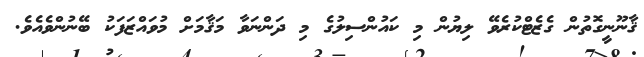
ޤާނޫނީގޮތުން ގެޒެޓްކުރެވޭ ލިޔުން މި ކައުންސިލުގެ މި ދަންނަވާ މަޤާމަށް މުވައްޒަފަކު ބޭނުންވެއެވެ.